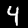
Digit: 4